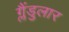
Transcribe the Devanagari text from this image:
ग्लैंडुलार